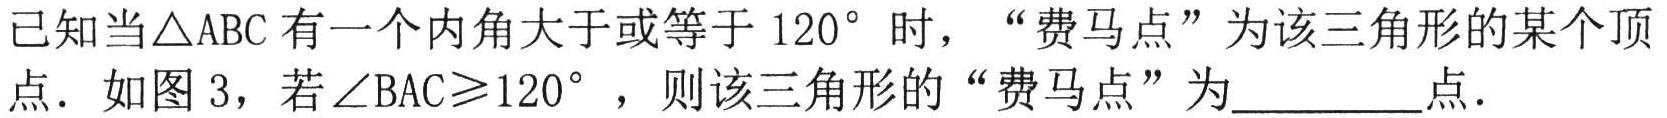
已知当\(\triangle ABC\)有一个内角大于或等于\(120^{\circ}\)时，“费马点”为该三角形的某个顶点．如图3，若\(\angle BAC\geqslant120^{\circ}\)，则该三角形的“费马点”为_________点．